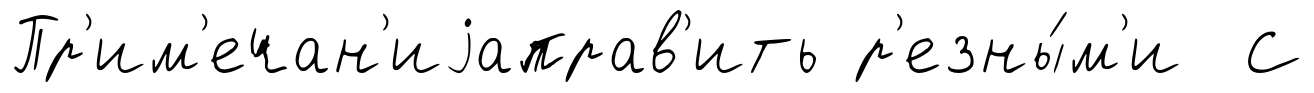
Пр'им'ечан'иjаправ'ить р'езны́м'и С